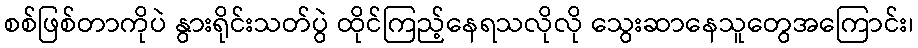
စစ်ဖြစ်တာကိုပဲ နွားရိုင်းသတ်ပွဲ ထိုင်ကြည့်နေရသလိုလို သွေးဆာနေသူတွေအကြောင်း၊